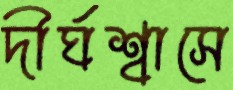
দীর্ঘশ্বাসে